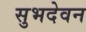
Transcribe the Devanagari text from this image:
सुभदेवन